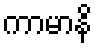
ကာမာနိ